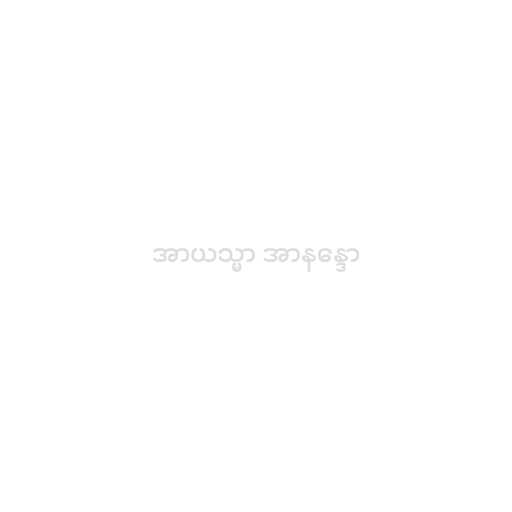
အာယသ္မာ အာနန္ဒော